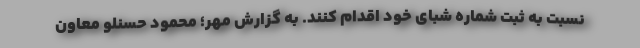
نسبت به ثبت شماره شبای خود اقدام کنند. به گزارش مهر؛ محمود حسنلو معاون